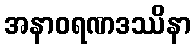
အနာဝရဏဒဿိနာ